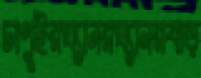
চাপুইরঘ্যানরঘ্যানরবাড়